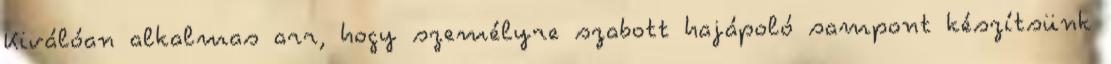
Kiválóan alkalmas arr, hogy személyre szabott hajápoló sampont készítsünk